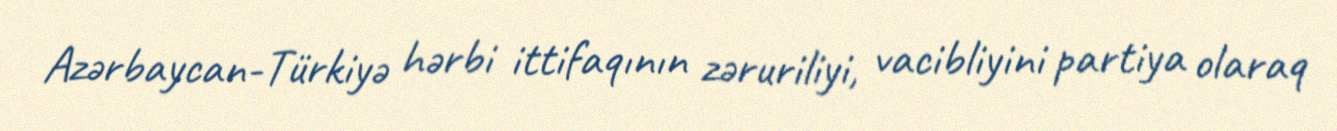
Azərbaycan-Türkiyə hərbi ittifaqının zəruriliyi, vacibliyini partiya olaraq